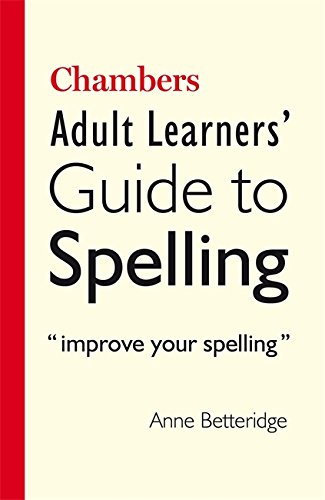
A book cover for Chambers Adult Learners' Guide to Spelling; Anne Betteridge; Reference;